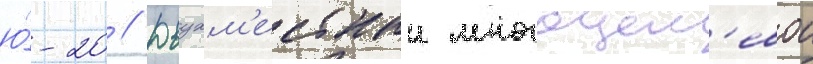
ю́-20 // Двухм'естныи многоцел'евои